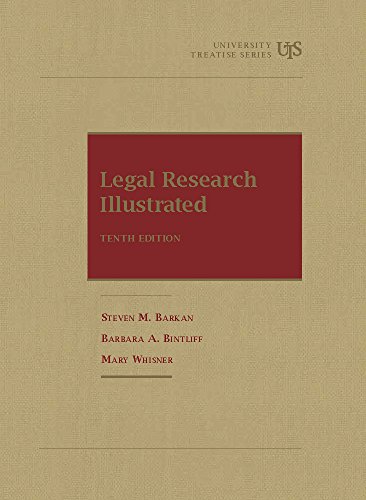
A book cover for Legal Research Illustrated (University Textbook Series); Steven Barkan; Law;